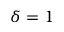
\delta = 1